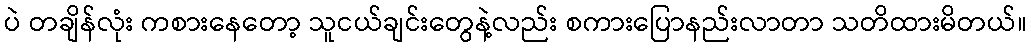
ပဲ တချိန်လုံး ကစားနေတော့ သူငယ်ချင်းတွေနဲ့လည်း စကားပြောနည်းလာတာ သတိထားမိတယ်။